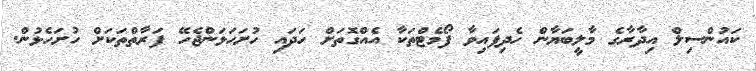
ކައުންސިލް އިދާރާގެ މާލީބަޔާން ހެދިފައިވާ ފޯމެޓްތަކާ އެއްގޮތަށް ހަދައި ހުށަހަޅަންޖެހޭ ފަރާތްތަކަށް ހުށަހެޅުން.